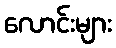
လောင်းများ